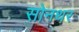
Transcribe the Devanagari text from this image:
सोनथर